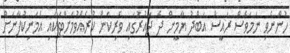
ހުންނެވި ނަމަވެސް ރައީސް އަބްދު ޔާމީން ދެ ދައުރުގައި ވެރިކަން ކުރެއްވުމަށްޓަކައި އެމަނިކުފާނަށް